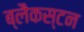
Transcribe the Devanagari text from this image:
ब्लैकस्टन